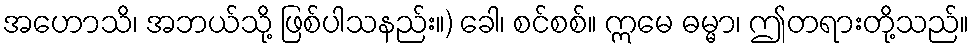
အဟောသိ၊ အဘယ်သို့ ဖြစ်ပါသနည်း။) ခေါ၊ စင်စစ်။ ဣမေ ဓမ္မာ၊ ဤတရားတို့သည်။